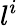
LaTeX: l^{i}